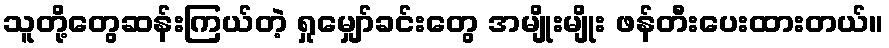
သူတို့တွေဆန်းကြယ်တဲ့ ရှုမျှော်ခင်းတွေ အမျိုးမျိုး ဖန်တီးပေးထားတယ်။